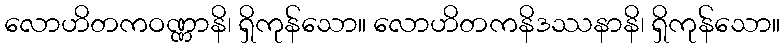
လောဟိတကဝဏ္ဏာနိ၊ ရှိကုန်သော။ လောဟိတကနိဒဿနာနိ၊ ရှိကုန်သော။